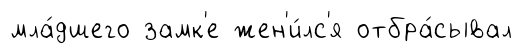
мла́дшего замк'е жен'и́лс'я отбра́сывал